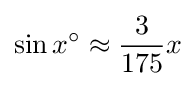
\sin x^{\circ }\approx {\frac {3}{175}}x